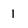
Character: 1